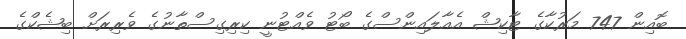
ބޮއިން 747 މަރުކާގެ ޓާކިޝް އެއާލައިންސްގެ ބޯޓު ވެއްޓުނީ ކިރިގިސްތާނުގެ ވެރިރަށް ބިޝެކްގެ